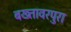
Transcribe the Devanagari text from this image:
बख्तावरपुरा